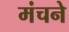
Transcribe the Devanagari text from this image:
मंचने